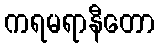
ကရမရာနီတော